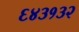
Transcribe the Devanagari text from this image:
६४३१३२